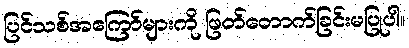
ပြင်သစ်အကြော်များကို ဖြတ်တောက်ခြင်းမပြုပါ။